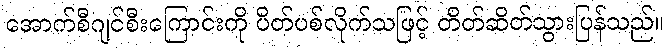
အောက်စီဂျင်စီးကြောင်းကို ပိတ်ပစ်လိုက်သဖြင့် တိတ်ဆိတ်သွားပြန်သည်။